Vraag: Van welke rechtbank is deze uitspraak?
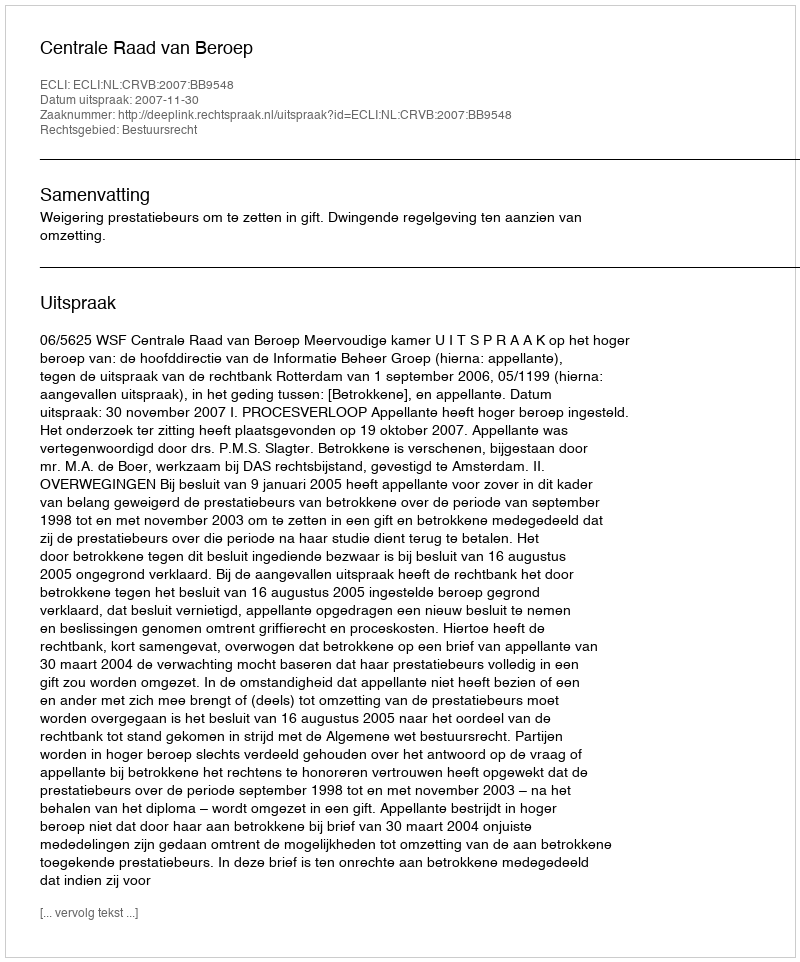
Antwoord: Centrale Raad van Beroep